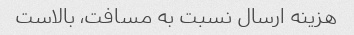
هزینه ارسال نسبت به مسافت، بالاست